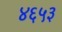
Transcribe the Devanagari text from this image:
४६५३